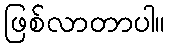
ဖြစ်လာတာပါ။